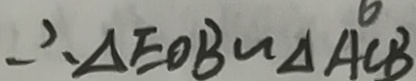
\therefore \Delta E O B \sim \Delta A C B